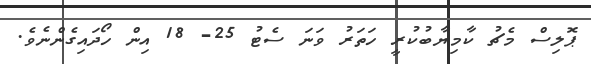
ޕޮލިސް މެޗު ކާމިޔާބުކުރީ ހަތަރު ވަނަ ސެޓު 25- 18 އިން ހޯދައިގެންނެވެ.